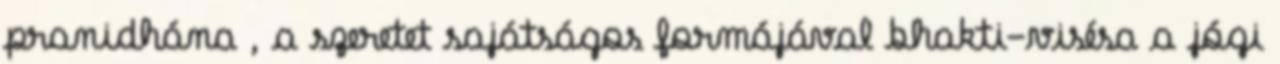
pranidhána , a szeretet sajátságos formájával bhakti-visésa a jógi